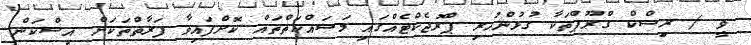
ވީ / ރިސްކް ގްރޫޕްތަކާ ގުޅުންހުރި ޕްރޮޖެކްޓެއްގައި މަސައްކަތްތައް ކޮށްފައިވާ ފަރާތްތަކަށް އިސްކަން